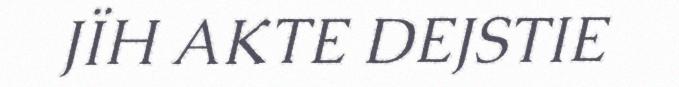
JÏH AKTE DEJSTIE